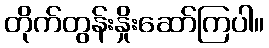
တိုက်တွန်းနှိုးဆော်ကြပါ။